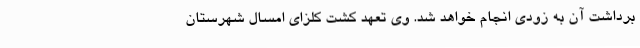
برداشت آن به زودی انجام خواهد شد. وی تعهد کشت کلزای امسال شهرستان